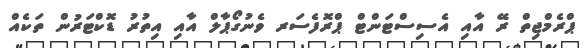
ޕްރެމްޖިތް ރޭ އާއި އެސިސްޓަންޓް ޕްރޮފެސަރ ވެނުގޯޕާލް އާއި އިތުރު ޑޮކްޓަރުން ތަކެއް